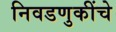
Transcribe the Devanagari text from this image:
निवडणुकींचे